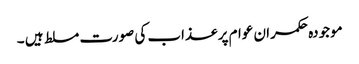
موجودہ حکمران عوام پر عذاب کی صورت مسلط ہیں ۔